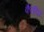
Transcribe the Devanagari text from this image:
कैरयिर